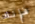
فإنك